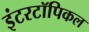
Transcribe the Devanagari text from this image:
इंटरटॉपिकल